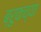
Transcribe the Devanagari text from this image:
ब्रुकच्या